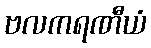
ဗလကရဏီယံ